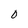
Character: 0